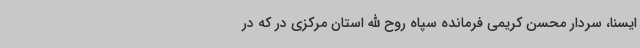
ایسنا، سردار محسن کریمی فرمانده سپاه روح الله استان مرکزی در که در